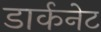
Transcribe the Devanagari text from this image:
डार्कनेट